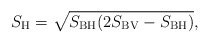
\begin{align*}S_{\rm H}=\sqrt{S_{\rm BH} (2 S_{\rm BV}-S_{\rm BH})},\end{align*}